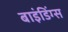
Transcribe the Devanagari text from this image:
बाइंडिंग्स